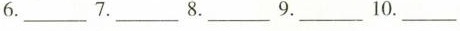
6.___ 7.___ 8.___ 9.___ 10.___